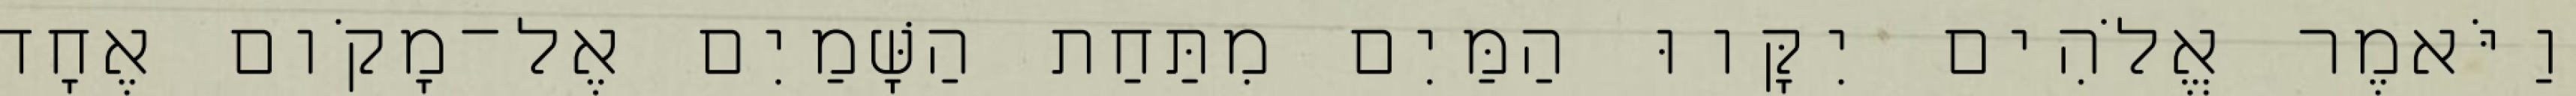
וַיֹּאמֶר אֱלֹהִים יִקָּווּ הַמַּיִם מִתַּחַת הַשָּׁמַיִם אֶל־מָקֹום אֶחָד